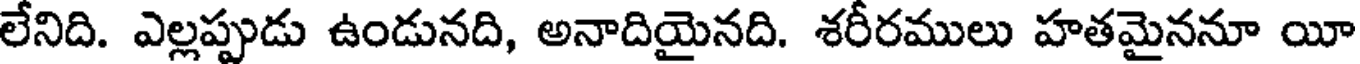
లేనిది. ఎల్లప్పుడు ఉండునది, అనాదియైనది. శరీరములు హతమైననూ యీ